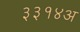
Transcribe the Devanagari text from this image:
३३१४अ